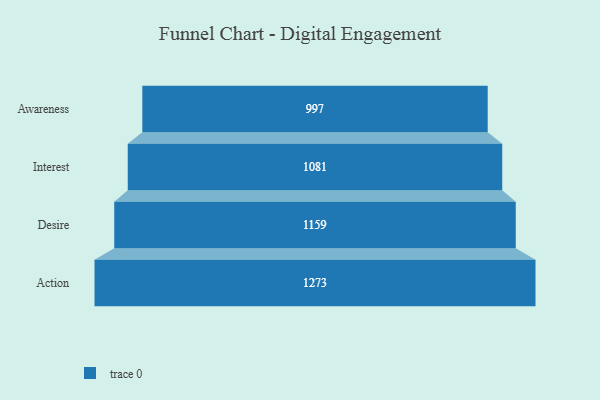
{"axis": {"x": "Stage", "y": "Value"}, "legend": [""], "data": [{"x": "Awareness", "y": 997.0, "type": ""}, {"x": "Interest", "y": 1081.0, "type": ""}, {"x": "Desire", "y": 1159.0, "type": ""}, {"x": "Action", "y": 1273.0, "type": ""}]}